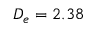
D _ { e } = 2 . 3 8